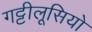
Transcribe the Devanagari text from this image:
गट्टीलूसियो